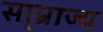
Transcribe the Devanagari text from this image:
सा्म्राज्य